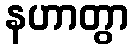
နဟာတွာ